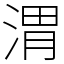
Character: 渭